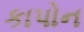
કાપોન